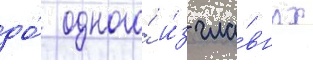
до́ одного́ и́з гла́вных